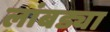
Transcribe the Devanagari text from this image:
लांबड्या